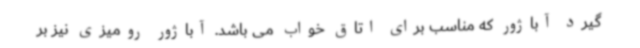
گیرد آباژور که مناسب برای اتاق خواب می باشد. آباژور رومیزی نیز بر